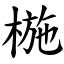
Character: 椸